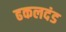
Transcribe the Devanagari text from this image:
ढकलदंड